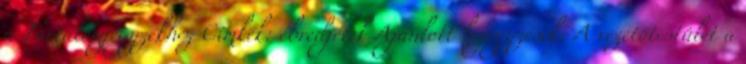
a Tartalomjegyzékhez Címkék: ébredjetek Ajánlott bejegyzések: A vezetőtestület a